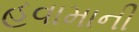
હવામાની